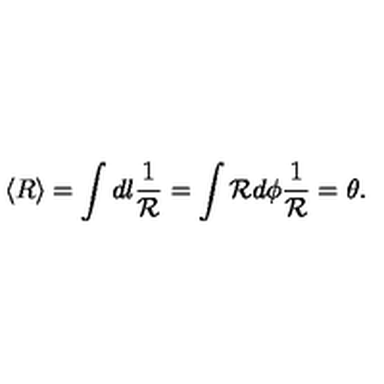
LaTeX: \langle R \rangle = \int d { l } \frac { 1 } { \cal R } = \int { \cal R } d \phi \frac { 1 } { \cal R } = \theta .